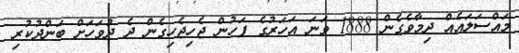
މައްސަލައެއް ދިމާވެގެން 1888 ވަނަ އަހަރުގެ ފަހުން ޖެހިޖެހިގެން ދެ ދުވަހަށް ބަންދުކުރި